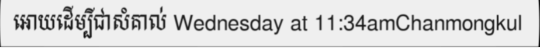
អោយដើម្បីជាសំគាល់ Wednesday at 11:34amChanmongkul